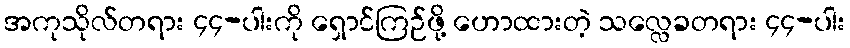
အကုသိုလ်တရား ၄၄-ပါးကို ရှောင်ကြဉ်ဖို့ ဟောထားတဲ့ သလ္လေခတရား ၄၄-ပါး